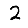
Digit: 2